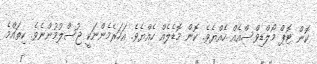
ކޮން ޓޮޕް މޯލްޑިވްސްއެއް ހެއްޔެވެ. ކޮން މޮޑެލެއް ހެއްޔެވެ. އަހަރެމެންނަކީ ޖުސްލުމުންނެވެ. ކިތައްމެ